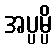
အပ္ပမ္ပိ